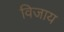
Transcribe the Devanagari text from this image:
विजाय